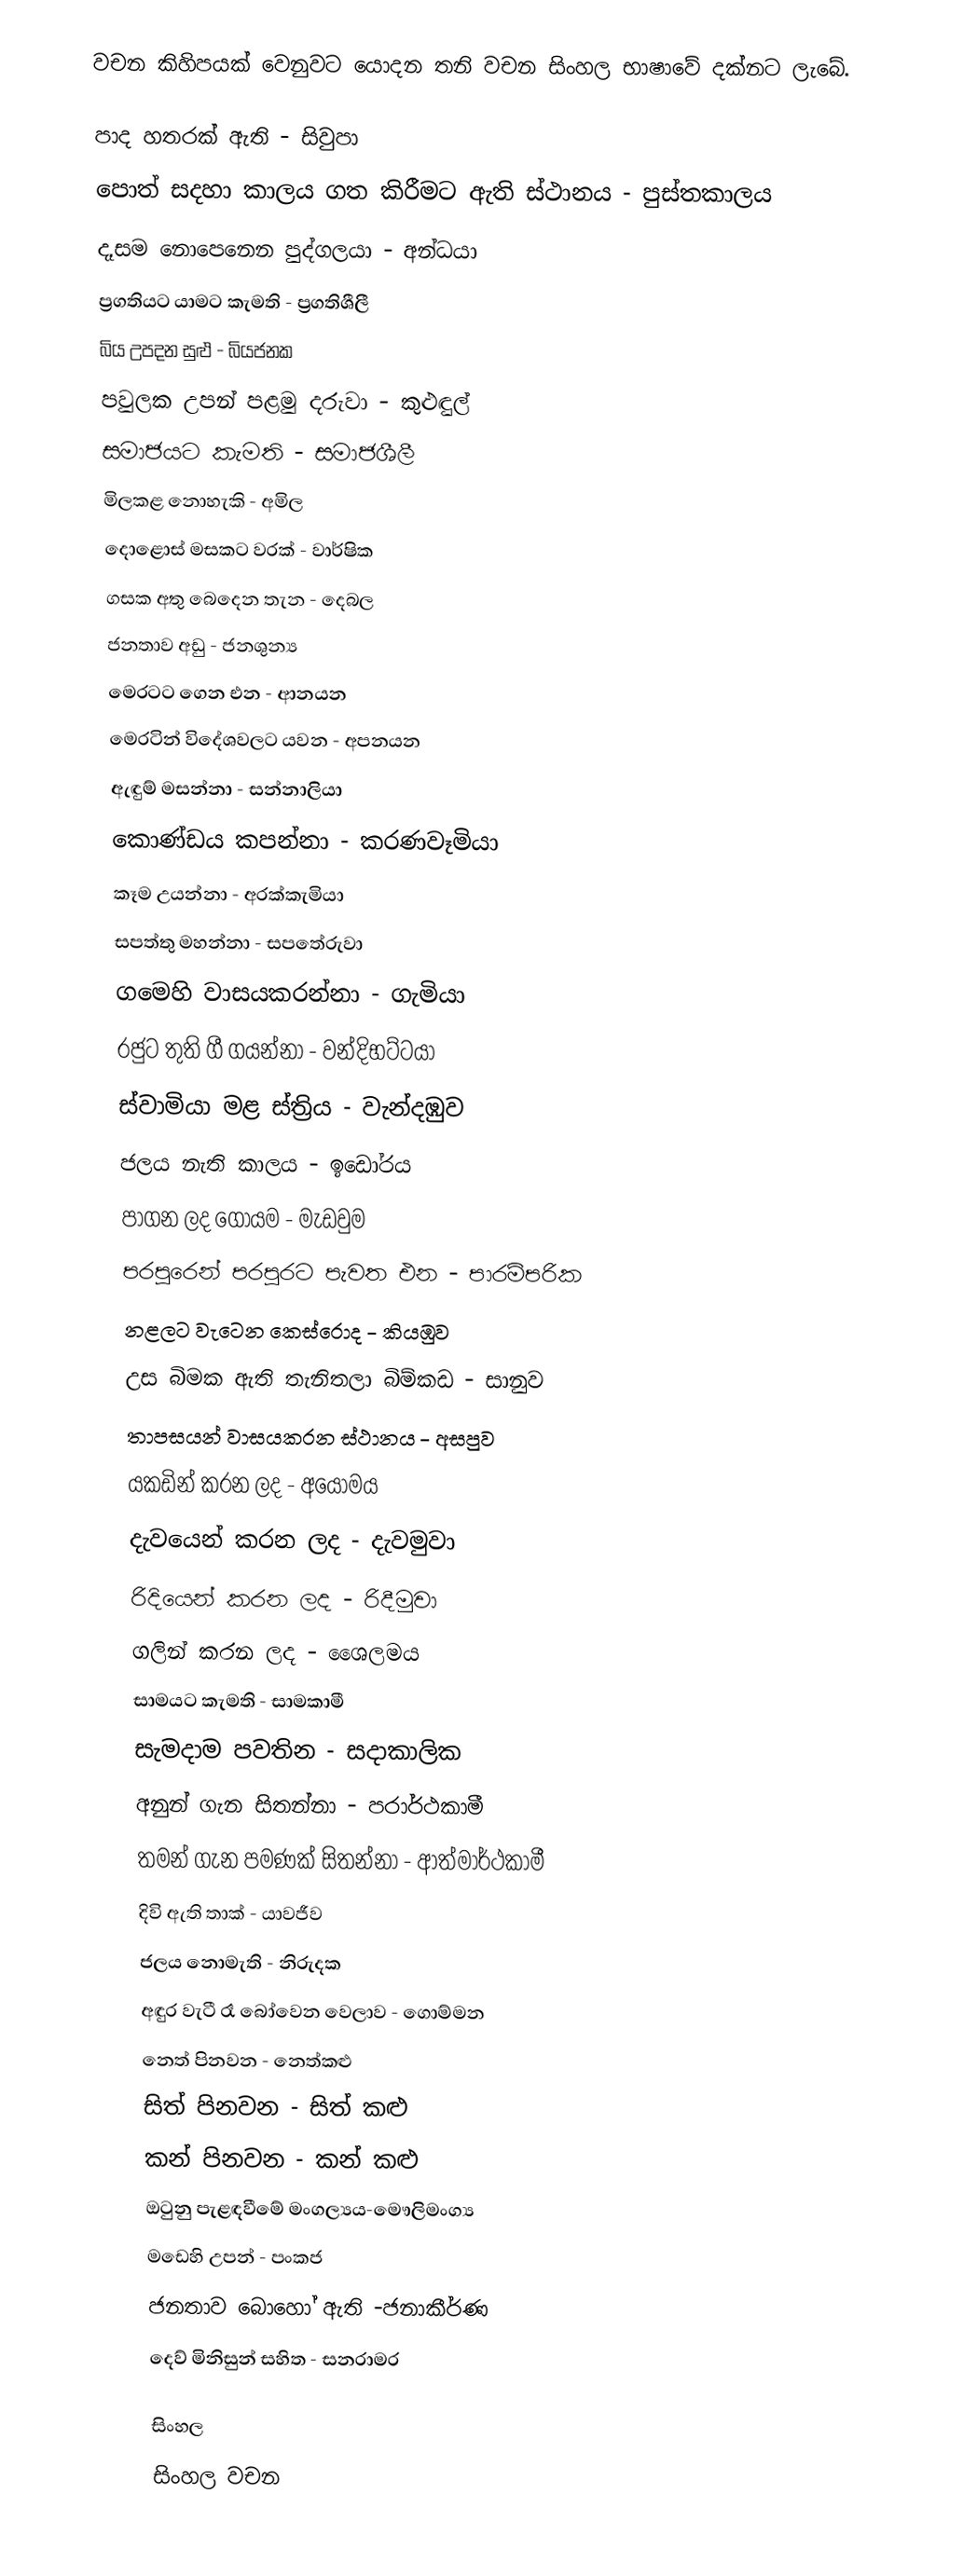
වචන කිහිපයක් වෙනුවට යොදන තනි වචන සිංහල භාෂාවේ දක්නට ලැබේ.

පාද හතරක් ඇති - සිවුපා
පොත් සදහා කාලය ගත කිරීමට ඇති ස්ථානය - පුස්තකාලය
දෑසම නොපෙනෙන පුද්ගලයා - අන්ධයා
ප්‍රගතියට යාමට කැමති - ප්‍රගතිශීලී
බිය උපදන සුළු - බියජනක
පවුලක උපන් පළමු දරුවා - කුළුඳුල්
සමාජයට කැමති - සමාජශීලී
මිලකළ නොහැකි - අමිල
දොළොස් මසකට වරක් - වාර්ෂික
ගසක අතු බෙදෙන තැන - දෙබල
ජනතාව අඩු - ජනශුන්‍ය
මෙරටට ගෙන එන - ආනයන
මෙරටින් විදේශවලට යවන - අපනයන
ඇඳුම් මසන්නා - සන්නාලියා
කොණ්ඩය කපන්නා - කරණවෑමියා
කෑම උයන්නා - අරක්කැමියා
සපත්තු මහන්නා - සපතේරුවා
ගමෙහි වාසයකරන්නා - ගැමියා
රජුට තුති ගී ගයන්නා - වන්දිභට්ටයා
ස්වාමියා මළ ස්ත්‍රිය - වැන්දඹුව
ජලය නැති කාලය  - ඉඩෝරය
පාගන ලද ගොයම - මැඩවුම
පරපුරෙන් පරපුරට පැවත එන - පාරම්පරික
නළලට වැටෙන කෙස්රොද - කියඹුව
උස බිමක ඇති තැනිතලා බිම්කඩ - සානුව
තාපසයන් වාසයකරන ස්ථානය - අසපුව
යකඩින් කරන ලද - අයෝමය
දැවයෙන් කරන ලද - දැවමුවා
රිදියෙන් කරන ලද - රිදීමුවා
ගලින් කරන ලද - ශෛලමය
සාමයට කැමති - සාමකාමී
සැමදාම පවතින - සදාකාලික
අනුන් ගැන සිතන්නා - පරාර්ථකාමී
තමන් ගැන පමණක් සිතන්නා - ආත්මාර්ථකාමී
දිවි ඇති තාක් -  යාවජීව
ජලය නොමැති - නිරුදක
අඳුර වැටී රෑ බෝවෙන වෙලාව - ගොම්මන
නෙත් පිනවන - නෙත්කළු
සිත් පිනවන - සිත් කළු
කන් පිනවන - කන් කළු
ඔටුනු පැළඳවීමේ මංගල්‍යය-මෞලිමංග්‍ය
මඩෙහි උපන් - පංකජ
ජනතාව බොහෝ ඇති -ජනාකීර්ණ
 දෙව් මිනිසුන් සහිත - සනරාමර

සිංහල
සිංහල වචන